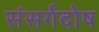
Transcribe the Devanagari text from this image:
संसर्गदोष